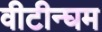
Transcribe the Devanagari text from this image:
वीटीन्घम